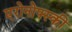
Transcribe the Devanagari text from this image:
एरोनोफ्स्की